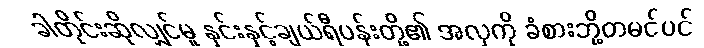
ခါတိုင်းဆိုလျှင်မူ နှင်းနှင့်ချယ်ရီပန်းတို့၏ အလှကို ခံစားဘို့တမင်ပင်